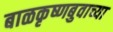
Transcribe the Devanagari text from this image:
बाळकृष्णबुवाच्या